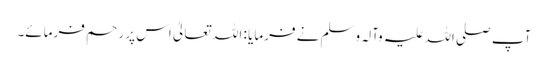
آپ صلی اللہ علیہ وآلہ وسلم نے فرمایا : اللہ تعالیٰ اس پر رحم فرمائے۔